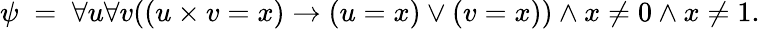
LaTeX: \psi\; =\; \forall u\forall v((u\times v=x)\rightarrow(u=x)\lor(v=x))\land x\neq 0\land x\neq 1.